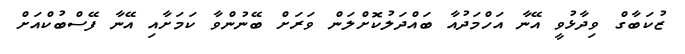
ޒުކަބާގް ވިދާޅުވީ އޭނާ އަހްމަދުއާ ބައްދަލުކޮށްލަން ވަރަށް ބޭނުންވާ ކަމަށާއި އޭނާ ފޭސްބުކްއަށް